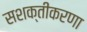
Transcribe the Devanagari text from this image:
सशक्तीकरणा